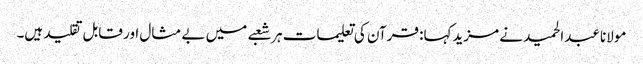
مولانا عبدالحمید نے مزیدکہا: قرآن کی تعلیمات ہر شعبے میں بے مثال اور قابل تقلید ہیں۔